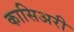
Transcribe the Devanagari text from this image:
कासिअरी